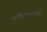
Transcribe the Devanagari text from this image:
व्यक्तिमत्वामुळे